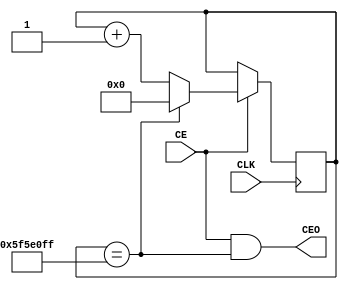
module prescaler #(
    parameter MODULO = 100000000,
    parameter W = 27
    
)
(
    input CLK,
    input CE,
    output CEO
);

reg [W-1:0] Q = 0;

always @(posedge CLK)
    if (CE)
        if (Q == MODULO-1)
            Q <= {W{1'd0}};
        else
            Q <= Q+1;     

    assign CEO = CE & (Q == MODULO-1);
    
endmodule

module up_cnt_mod #(  
    parameter MODULO = 10,
    parameter W = 4 
)
(
    input               CLK,
    input               CE,
    input               CLR,
    output reg [W-1:0]  Q = 0,
    output              CO
);

always @(posedge CLK)
    if (CLR)
        Q <= {W{1'd0}};
    else if (CE)
        if (Q == MODULO-1)
            Q <= {W{1'd0}};
        else
            Q <= Q+1;
            
    assign CO = CE & (Q == MODULO-1);

endmodule

module shift_reg #(
    parameter W = 8
)
(
    input               CLK,
    input               CE,
    input               CLR,
    input               DIR, //1 - right, 0 - left
    input               D,
    output reg [W-1:0]  Q
);

always @(posedge CLK)
    if (CLR)
        Q <= {W{1'd0}};
    else if(CE)
        if( DIR )
            Q <= {D,Q[7:1]};
        else
            Q <= {Q[6:0],D};


endmodule

module register #(
    parameter W=8 
)
(
    input               CLK,
    input               CE,
    input [W-1:0]       D,
    output reg [W-1:0]  Q = 0
);

always @(posedge CLK)
    if(CE)
        Q <= D;

endmodule